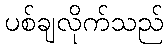
ပစ်ချလိုက်သည်